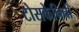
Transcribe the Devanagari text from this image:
टोसकेनिनी